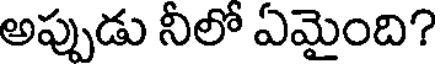
అప్పుడు నీలో ఏమైంది?